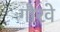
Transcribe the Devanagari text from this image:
गौरवे